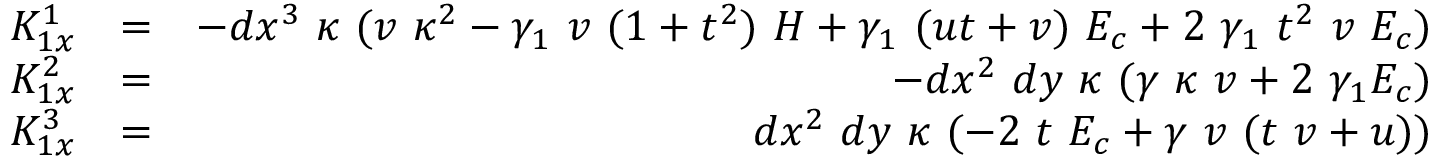
\begin{array} { r l r } { K _ { 1 x } ^ { 1 } } & { = } & { - d x ^ { 3 } ~ \kappa ~ ( v ~ \kappa ^ { 2 } - \gamma _ { 1 } ~ v ~ ( 1 + t ^ { 2 } ) ~ H + \gamma _ { 1 } ~ ( u t + v ) ~ E _ { c } + 2 ~ \gamma _ { 1 } ~ t ^ { 2 } ~ v ~ E _ { c } ) } \\ { K _ { 1 x } ^ { 2 } } & { = } & { - d x ^ { 2 } ~ d y ~ \kappa ~ ( \gamma ~ \kappa ~ v + 2 ~ \gamma _ { 1 } E _ { c } ) } \\ { K _ { 1 x } ^ { 3 } } & { = } & { d x ^ { 2 } ~ d y ~ \kappa ~ ( - 2 ~ t ~ E _ { c } + \gamma ~ v ~ ( t ~ v + u ) ) } \end{array}